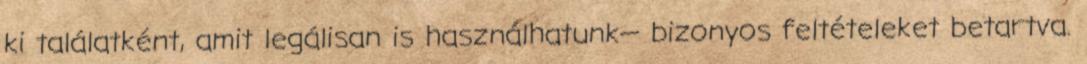
ki találatként, amit legálisan is használhatunk— bizonyos feltételeket betartva.